Vaccination in Bombay 1874-1876 - 1874-1876
Year: 1874
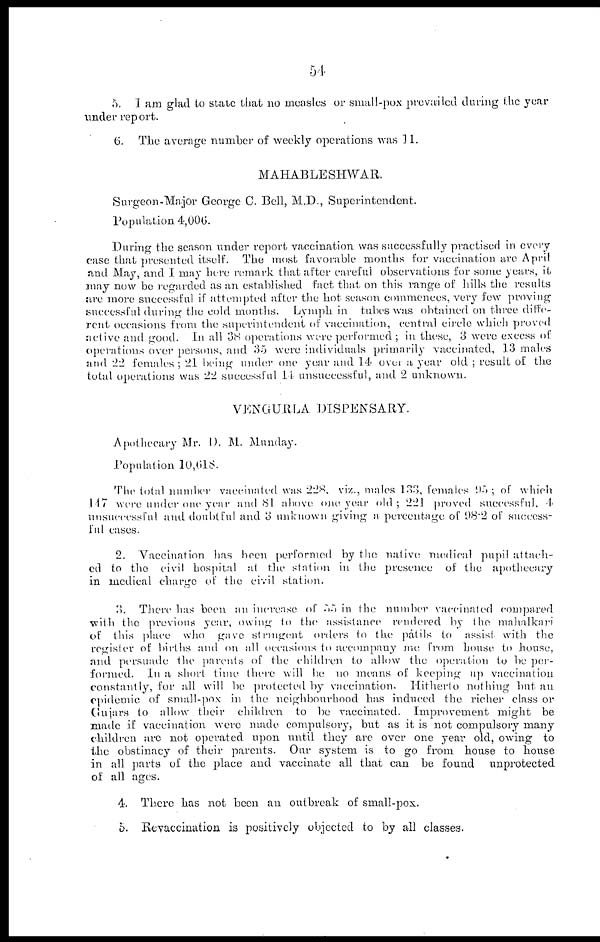
54
5. I am glad to state that no measles or small-pox prevailed during the year
under report.
6. The average number of weekly operations was 11.
MAHABLESHWAR.
Surgeon-Major George C. Bell, M.D., Superintendent.
Population 4,006.
During the season under report vaccination was successfully practised in every
case that presented itself. The most favorable months for vaccination are April
and May, and I may here remark that after careful observations for some years, it
may now be regarded as an established fact that on this range of hills the results
are more successful if attempted after the hot season commences, very few proving
successful during the cold months. Lymph in tubes was obtained on three diffe-
rent occasions from the superintendent of vaccination, central circle which proved
active and good. In all 38 operations were performed ; in these, 3 were excess of
operations over persons, and 35 were individuals primarily vaccinated, 13 males
and 22 females ; 21 being under one year and 14 over a year old ; result of the
total operations was 22 successful 14 unsuccessful, and 2 unknown.
VENGURLA DISPENSARY.
Apothecary Mr. D. M. Munday.
Population 10,618.
The total number vaccinated was 228, viz., males 133, females 95; of which
147 were under one year and 81 above one year old; 221 proved successful. 4
unsuccessful and doubtful and 3 unknown giving a percentage of 98.2 of success-
ful cases.
2. Vaccination has been performed by the native; medical pupil attach-
ed to the civil hospital at the station in the presence of the apothecary
in medical charge of the civil station.
3. There has been an increase of 55 in the number vaccinated compared
with the previous year, owing to the assistance rendered by the mahalkari
of this place who gave stringent orders to the pátils to assist with the
register of births and on all occasions to accompany me from house to house,
and persuade the parents of the children to allow the operation to be per-
formed. In a short time there will be no means of keeping up vaccination
constantly, for all will be protected by vaccination. Hitherto nothing but an
epidemic, of small-pox in the neighbourhood has induced the richer class or
Gujars to allow their children to Be vaccinated. Improvement might be
made if vaccination were made compulsory, but as it is not compulsory many
children are not operated upon until they are over one year old, owing to
the obstinacy of their parents. Our system is to go from house to house
in all parts of the place and vaccinate all that can be found
unprotected
of all ages.
4. There has not been an outbreak of small-pox.
5. Revaccination is positively objected to by all classes.